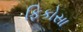
ફિકોસા